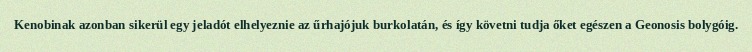
Kenobinak azonban sikerül egy jeladót elhelyeznie az űrhajójuk burkolatán, és így követni tudja őket egészen a Geonosis bolygóig.